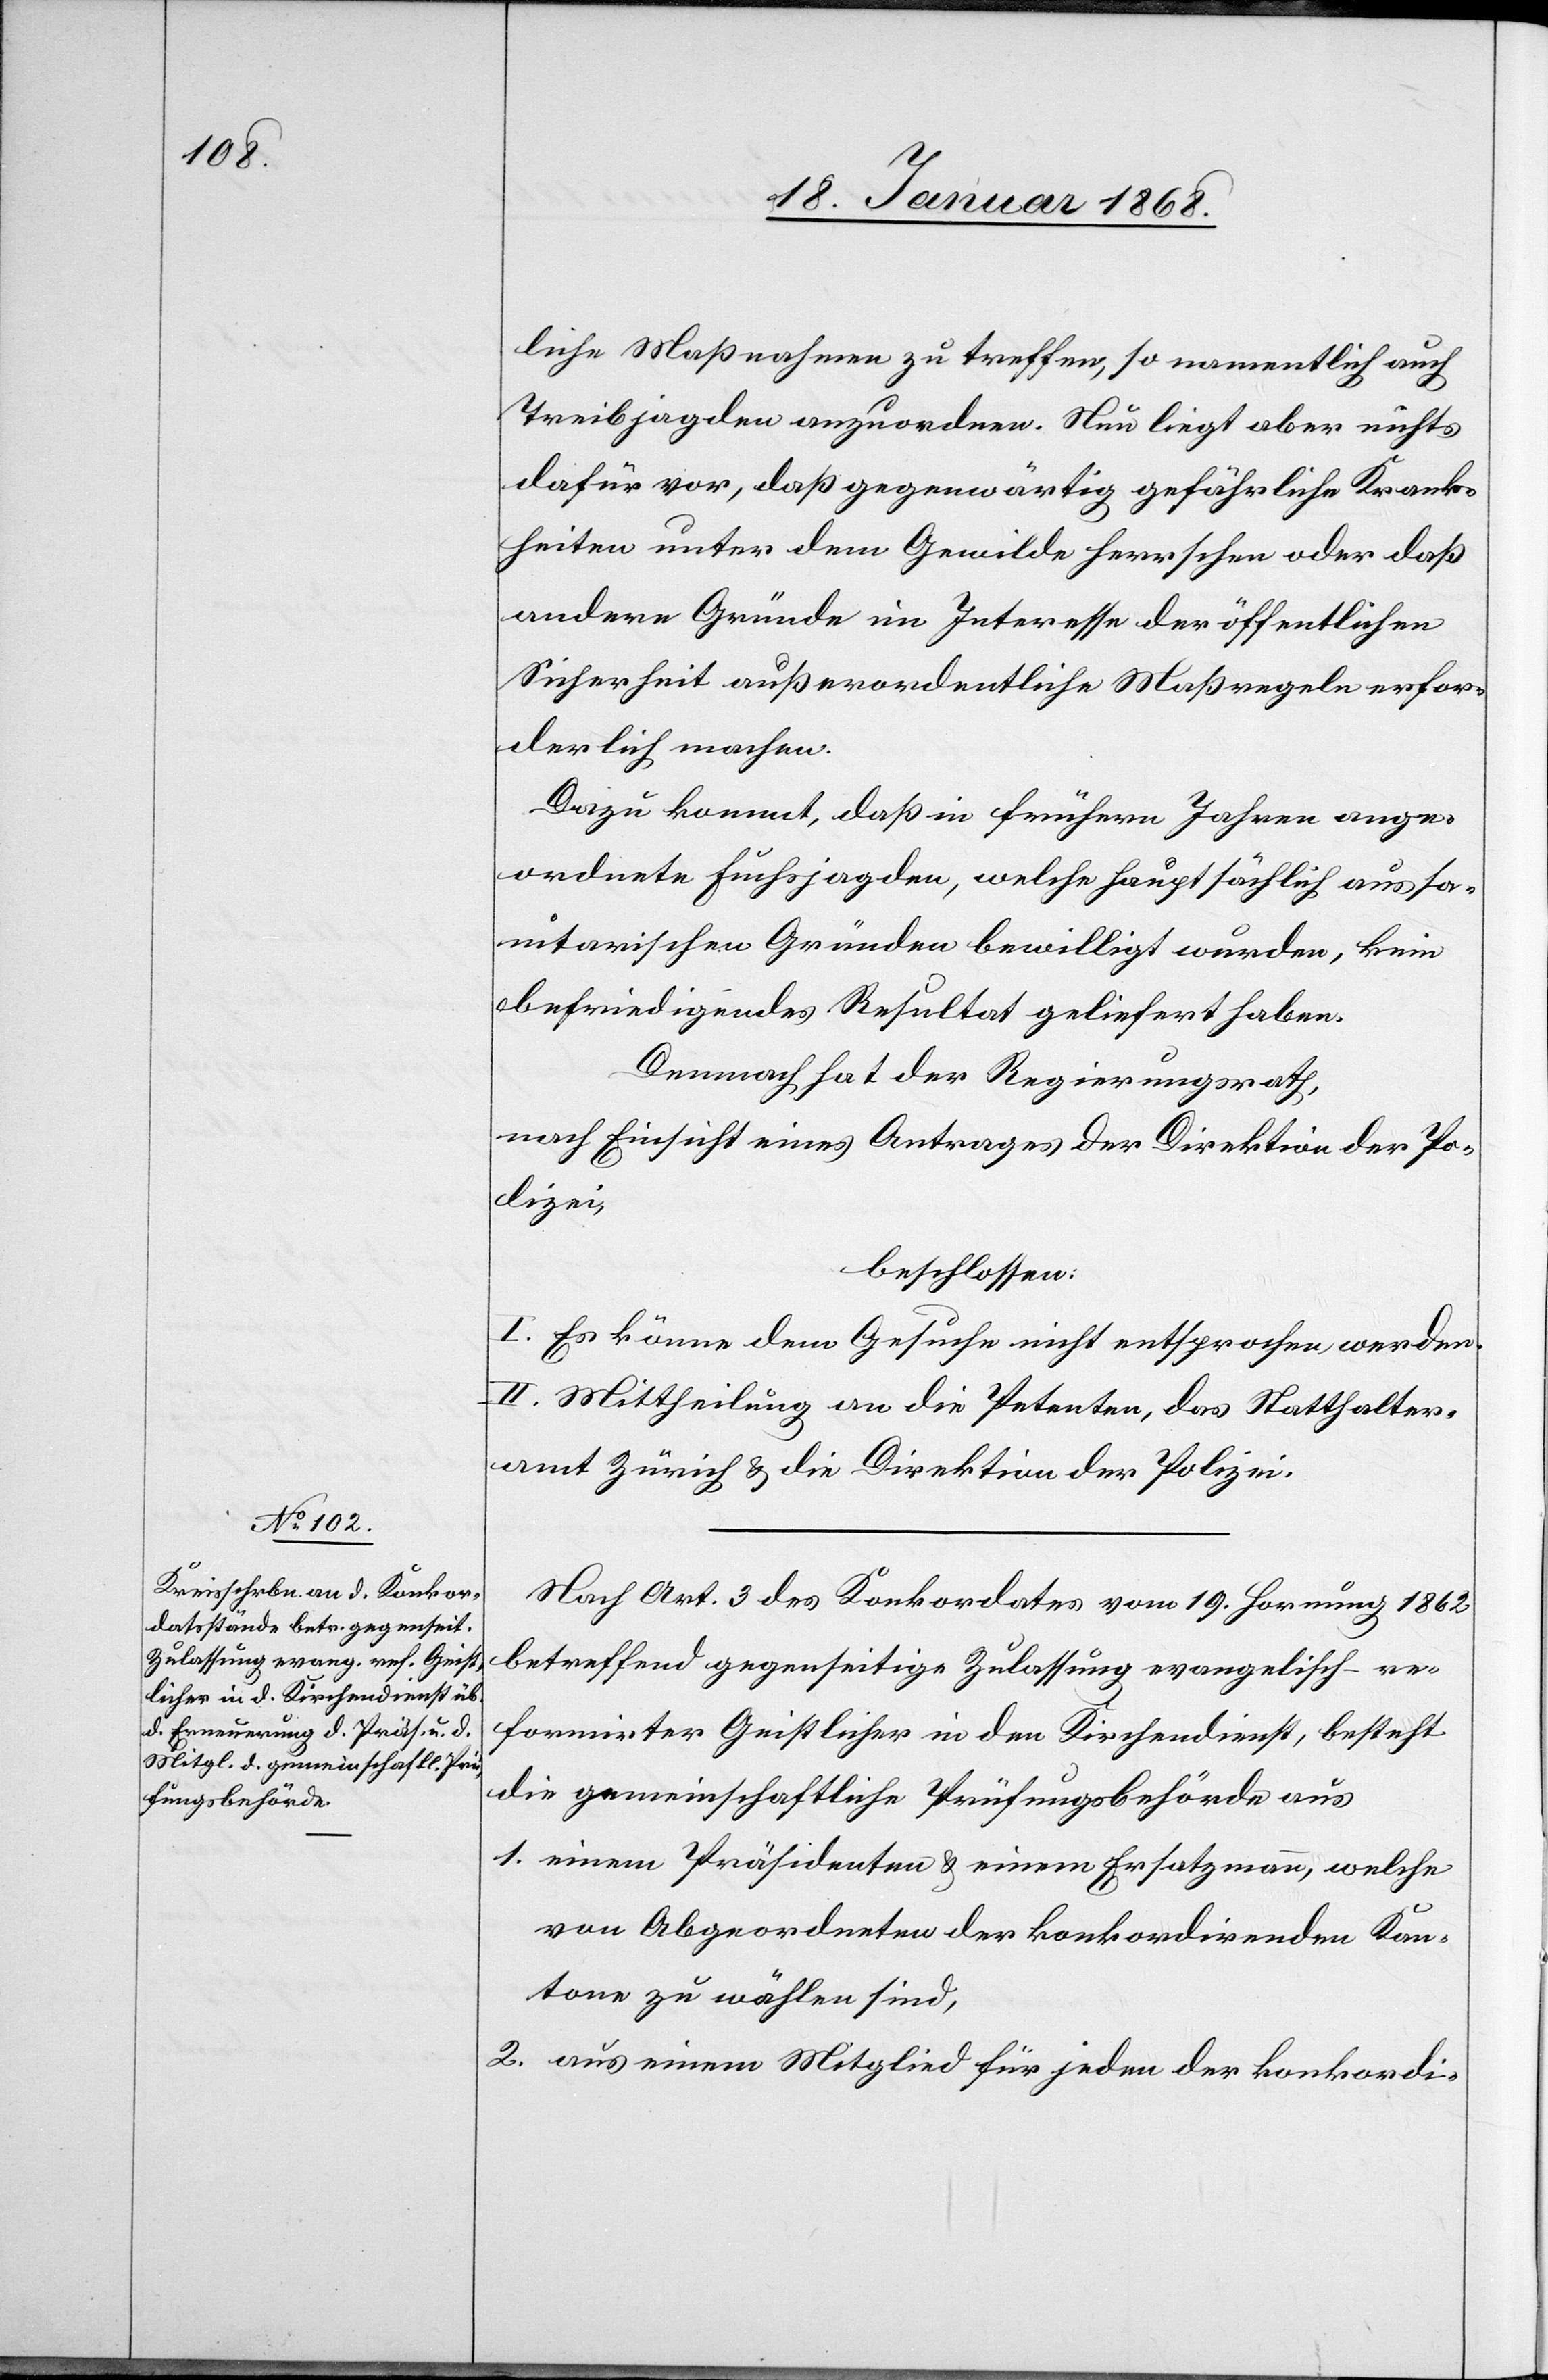
liche Maßnahmen zu treffen, so namentlich auch
Treibjagden anzuordnen. Neu liegt aber nichts
dafür vor, daß gegenwärtig gefährliche Krank¬
heiten unter dem Gewilde herrschen oder daß
andere Gründe im Interesse der öffentlichen
Sicherheit außerordentliche Maßregeln erfor¬
derlich machen.
Dazu kommt, daß in frühern Jahren ange¬
ordnete Fuchsjagden, welche hauptsächlich aus sa¬
nitarischen Gründen bewilligt wurden, kein
befriedigendes Resultat geliefert haben.
Demnach hat der Regierungsrath,
nach Einsicht eines Antrages der Direktion der Po¬
lizei,
beschlossen:
I. Es könne dem Gesuche nicht entsprochen werden.
II. Mittheilung an die Petenten, das Statthalter¬
amt Zürich & die Direktion der Polizei.
Nach Art. 3 des Konkordates vom 19. Hornung 1862
betreffend gegenseitige Zulassung evangelisch-re¬
formirter Geistlicher in den Kirchendienst, besteht
die gemeinschaftliche Prüfungsbehörde aus
einem Präsidenten & einem Ersatzmann, welche
von Abgeordneten der konkordirenden Kan¬
tone zu wählen sind,
aus einem Mitglied für jeden der konkordi-